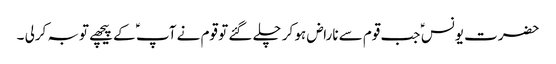
حضرت یونس ؑ جب قوم سے ناراض ہو کر چلے گئے تو قوم نے آپ ؑ کے پیچھے توبہ کرلی ۔